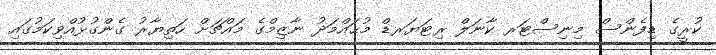
ކުރީގެ ޑިފެންސް މިނިސްޓަރ ކާނަލް ރިޓަޔަރޑް މުޙައްމަދު ނާޒިމްގެ މައްޗަށް ހަތިޔާރު ގެންގުޅުއްވިކަމުގައި